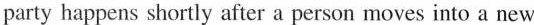
party happens shortly after a person moves into a new